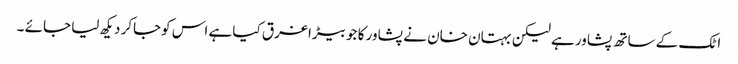
اٹک کے ساتھ پشاور ہے لیکن بہتان خان نے پشاور کا جو بیڑا غرق کیا ہے اس کوجاکر دیکھ لیا جائے ۔